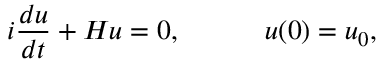
i \frac { d u } { d t } + H u = 0 , \qquad \quad u ( 0 ) = u _ { 0 } ,